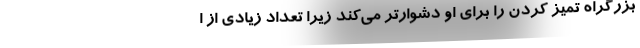
بزرگراه تمیز کردن را برای او دشوارتر می‌کند زیرا تعداد زیادی از ا